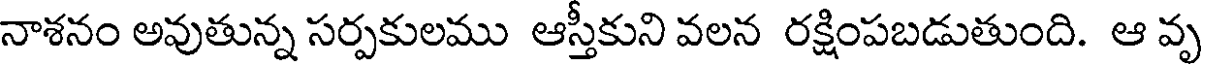
నాశనం అవుతున్న సర్పకులము ఆస్తీకుని వలన రక్షింపబడుతుంది. ఆ వృ